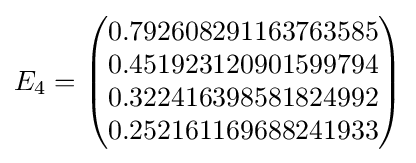
E_{4}={\begin{pmatrix}0.792608291163763585\\0.451923120901599794\\0.322416398581824992\\0.252161169688241933\end{pmatrix}}